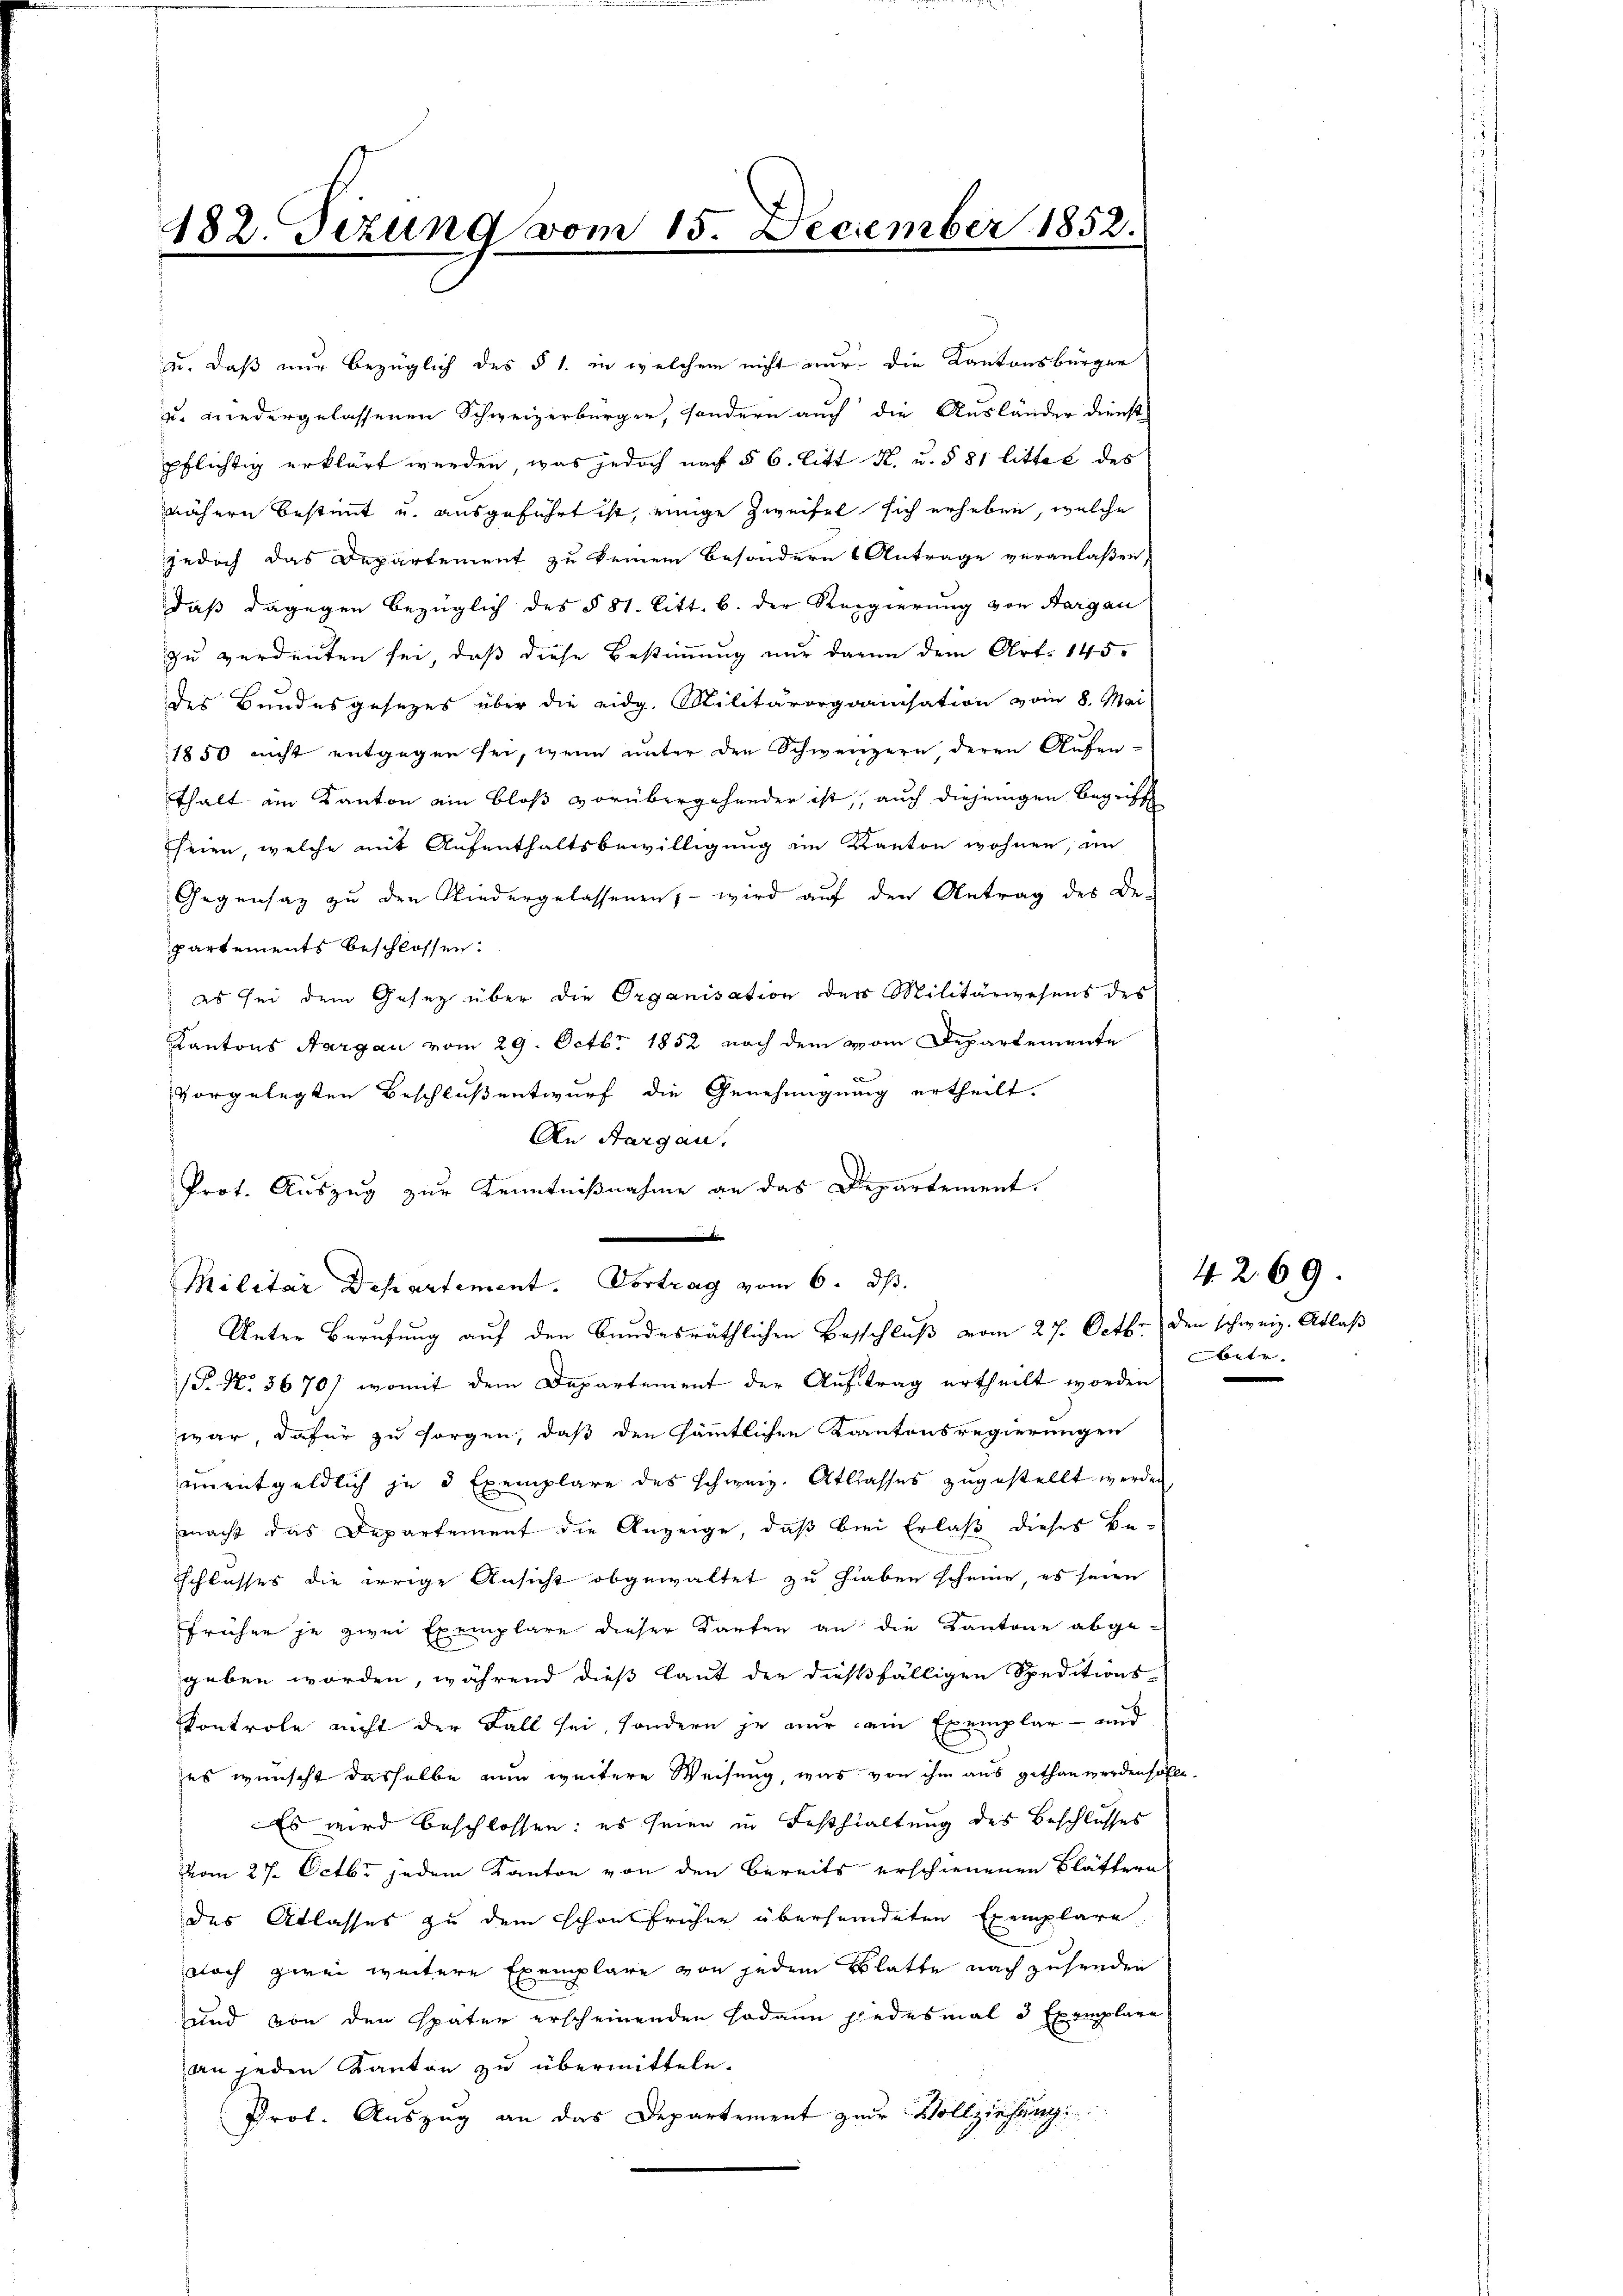
182. Tizung vom 15. December 1852.

u. daß nur bezüglich des § 1. in welchem nicht nur die Kantonsbürger
u. niedergelassenen Schweizerbürger, sondern auch die Ausländer dienst
pflichtig erklärt werden, was jedoch nach § 6. litt K. u. § 81 littel des
nähern bestimmt u. ausgeführt ist, einige Zweifel sich erheben, welche
jedoch das Departement zu keinem besondern Antrage veranlaßen,
daß dagegen bezüglich des § 81. Litt. b. der Regierung von Aargau
zu verdenten sei, daß diese Bestimmung nur darin dem Art. 145.
des Bundesgesezes über die eidg. Militärorganisation vom 8. Mai
1850 nicht entgegen sei, wenn unter den Schweizern, deren Aufen-
thalt im Kanton ein bloß vorübergehender ist, auch diejenigen Begriff
seien, welche mit Aufenthaltsbewilligung im Kanton wohnen, an
Gegensaz zu den Niedergelassenen, – wird auf den Antrag des De-
partements beschlossen:
es sei dem Gesetz über die Organisation der Militärwesens des
Kantons Aargau vom 29. Octbr. 1852 nach dem vom Departemente
vorgelegten Beschluß entwurf die Genehmigung ertheilt.
An Aargau.
Prot. Auszug zur Kenntnißnahme an das Departement.
.
Militär Departement. Vortrag vom 6. ds.
Unter Berufung auf den Bundesräthlichen Beschluß vom 27. Octbr. den schweiz. Atlas
/F. N. 3670) womit dem Departement der Aŭftrag ertheilt worden.
war, dafür zu sorgen, daß den sämmtlichen Kantonsregierungen
aunentgeldlich je 3 Exemplare des Schweiz. Atlasses zugestellt werden
macht das Departement die Anzeige, daß bei Erlaß dieses Be-
Schlusses die irrige Ansicht abgewaltet zu hieben scheine, es seien
früher je zwei Exemplare dieser Karten an die Kantone abge-
geben worden, während dieß laut der dießfälligen Speditions¬
Kontrole nicht der Fall sei, sondern je nur ein Exemplar - und
es wünscht dasselbe nun weitere Weisung, was von ihm aus gethan werden so
Es wird beschlossen: es seien in Festhaltung des Beschlusses
vom 27. Octbr jedem Kanton von den bereits erschienenen Blättern
des Atlasses zu dem schon früher übersendeten Exemplare,
noch zwei weitere Exemplare von jedem Blatte nachzusenden
und von den später erscheinenden sodann jedesmal d Exemplare
an jeden Kanton zu übermitteln.
Prot. Auszug an das Departement zur Vollziehung

bete

42. 69.